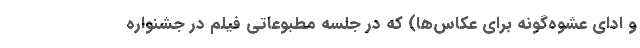
و ادای عشوه‌گونه برای عکاس‌ها) که در جلسه مطبوعاتی فیلم در جشنواره